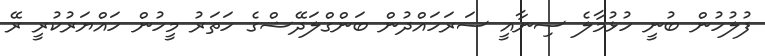
ފުލުހުން ބުނީ ހުޅުމާލެ ސިނާއީ ސަރަަހައްދުން ބަންގްލަދޭޝްގެ ހަތަރު މީހުން ހައްޔަރުކުރީ ރޭ